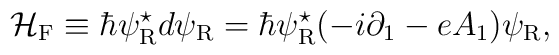
{\cal H}_{\rm F}  \equiv  \hbar \psi_{\rm R}^{\star} d \psi_{\rm R} =\hbar\psi_{\rm R}^{\star}(-i{\partial}_{1}-eA_1)\psi_{\rm R},